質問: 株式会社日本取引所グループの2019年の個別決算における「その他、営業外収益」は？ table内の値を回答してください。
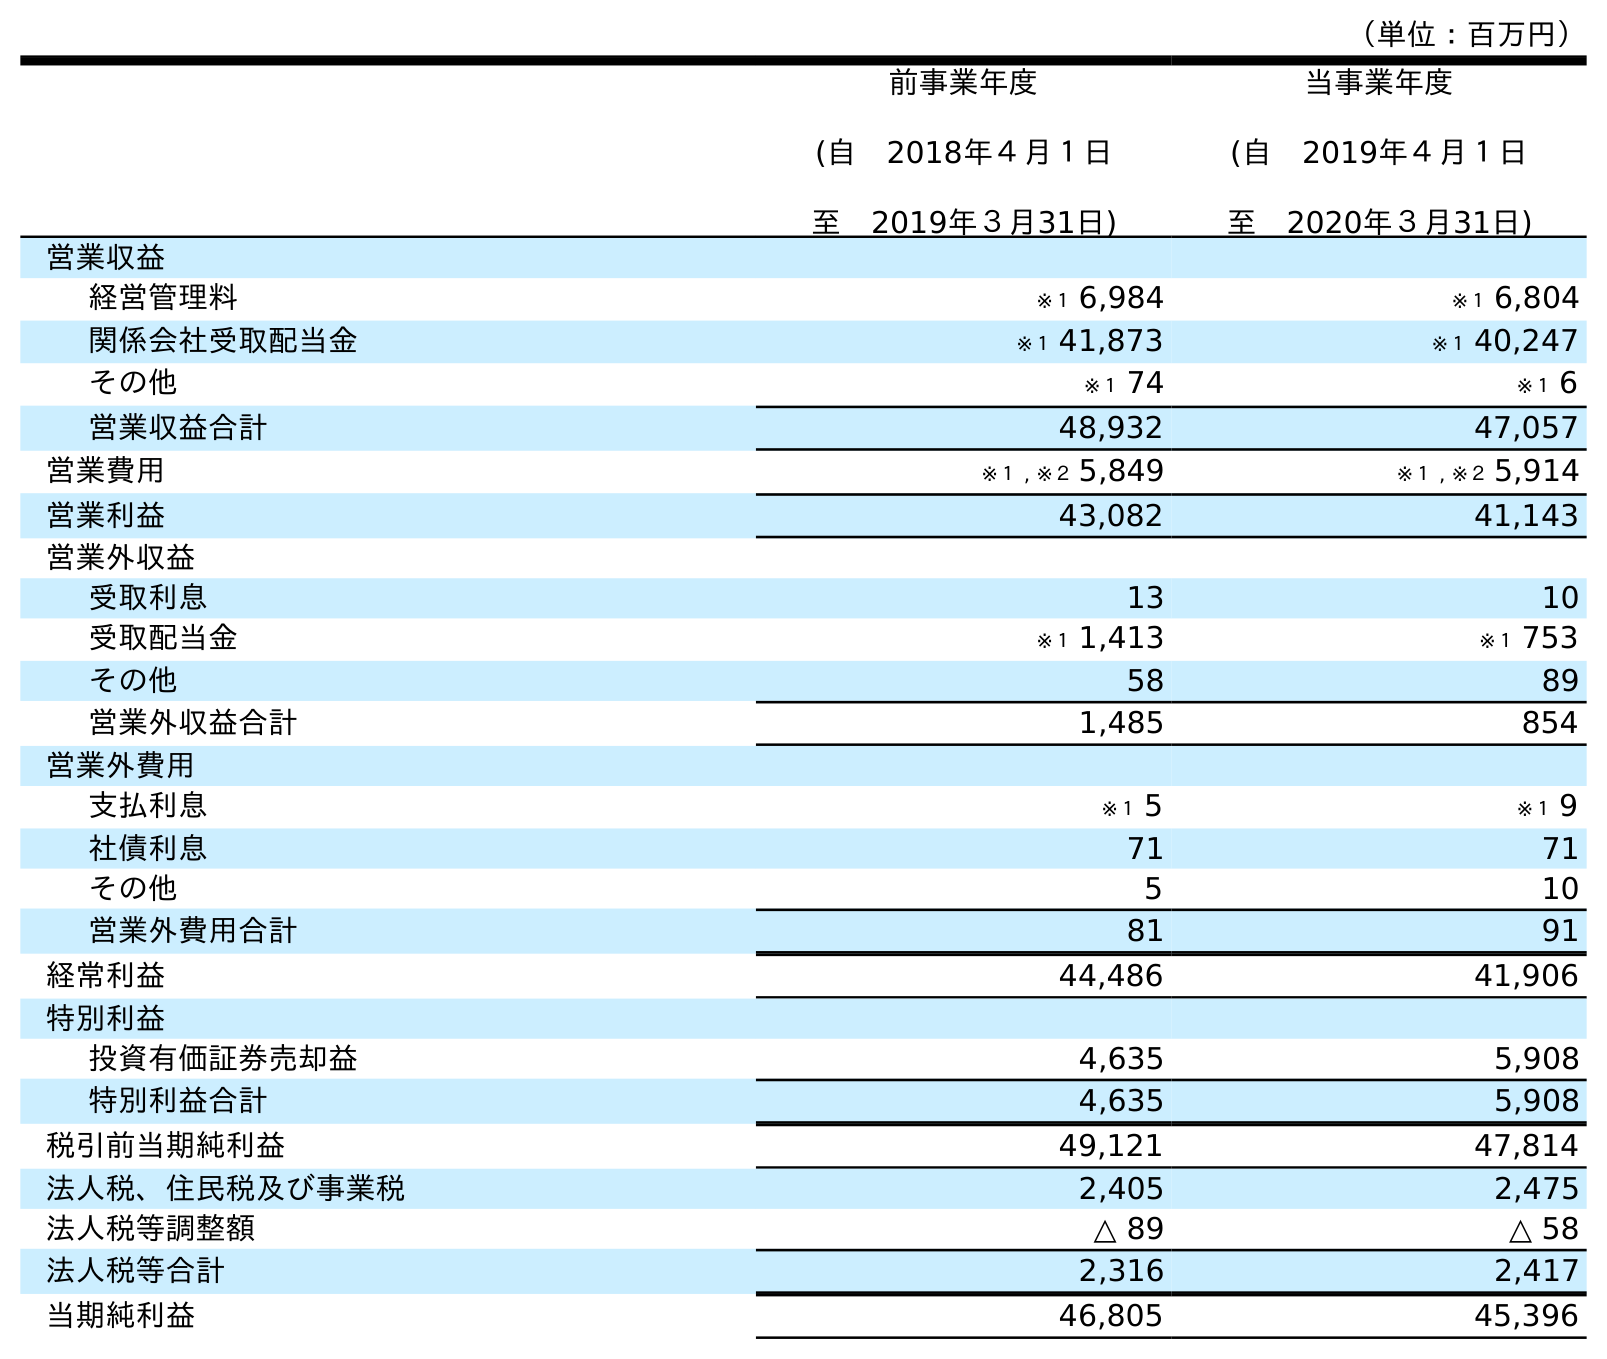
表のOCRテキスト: （単位：百万円） 前事業年度 (自 2018年４月１日 至 2019年３月31日) 当事業年度 (自 2019年４月１日 至 2020年３月31日) 営業収益 経営管理料 ※１ 6,984 ※１ 6,804 関係会社受取配当金 ※１ 41,873 ※１ 40,247 その他 ※１ 74 ※１ 6 営業収益合計 48,932 47,057 営業費用 ※１ , ※２ 5,849 ※１ , ※２ 5,914 営業利益 43,082 41,143 営業外収益 受取利息 13 10 受取配当金 ※１ 1,413 ※１ 753 その他 58 89 営業外収益合計 1,485 854 営業外費用 支払利息 ※１ 5 ※１ 9 社債利息 71 71 その他 5 10 営業外費用合計 81 91 経常利益 44,486 41,906 特別利益 投資有価証券売却益 4,635 5,908 特別利益合計 4,635 5,908 税引前当期純利益 49,121 47,814 法人税、住民税及び事業税 2,405 2,475 法人税等調整額 △ 89 △ 58 法人税等合計 2,316 2,417 当期純利益 46,805 45,396
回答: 58